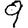
Digit: 9